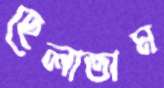
হেলাতাম